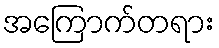
အကြောက်တရား